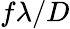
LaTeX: f\lambda/D